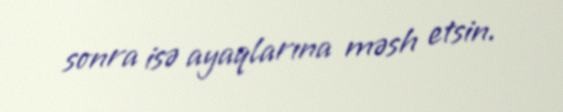
sonra isə ayaqlarına məsh etsin.